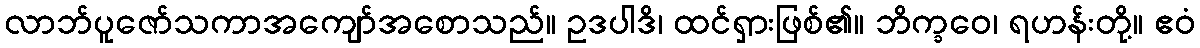
လာဘ်ပူဇော်သကာအကျော်အစောသည်။ ဥဒပါဒိ၊ ထင်ရှားဖြစ်၏။ ဘိက္ခဝေ၊ ရဟန်းတို့။ ဧဝံ